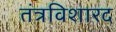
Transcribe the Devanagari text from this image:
तंत्रविशारद